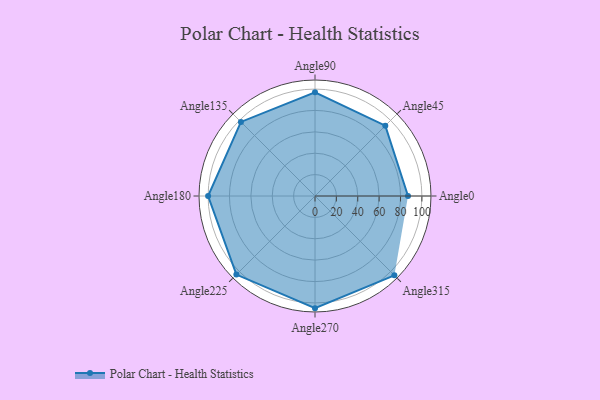
{"axis": {"x": "Angle", "y": "Radius"}, "legend": [""], "data": [{"x": "Angle0", "y": 87.0, "type": ""}, {"x": "Angle45", "y": 93.0, "type": ""}, {"x": "Angle90", "y": 97.0, "type": ""}, {"x": "Angle135", "y": 98.0, "type": ""}, {"x": "Angle180", "y": 100.0, "type": ""}, {"x": "Angle225", "y": 104.0, "type": ""}, {"x": "Angle270", "y": 105.0, "type": ""}, {"x": "Angle315", "y": 105.0, "type": ""}]}